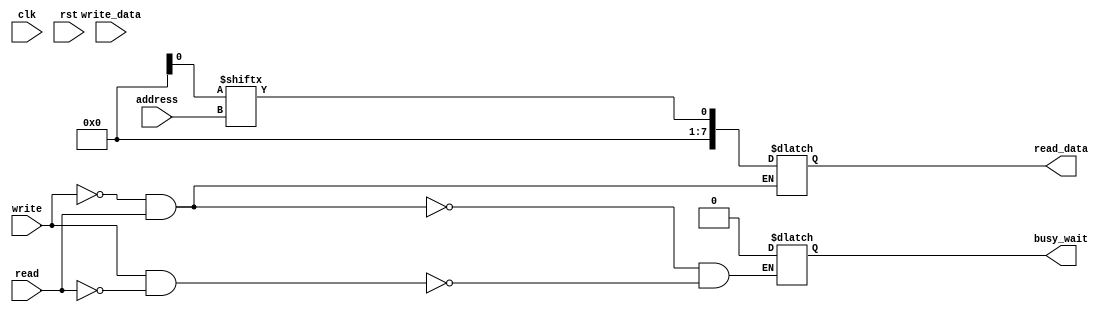
module data_mem(
    clk,
    rst,
    read,
    write,
    address,
    write_data,
    read_data,
	busy_wait
);
input           clk;
input           rst;
input           read;
input           write;
input[7:0]      address;
input[7:0]      write_data;
output[7:0]     read_data;
output			busy_wait;

reg[7:0]     read_data;

integer  i;

// Declare memory 256x8 bits
reg [7:0] memory_array [255:0];
//reg [7:0] memory_ram_q [255:0];



always @(posedge rst)
begin
    if (rst)
    begin
        for (i=0;i<256; i=i+1)
            memory_array[i] <= 0;
    end
end


always @(*)
begin
    if (write && !read)
	begin
		busy_wait <= 1;
		// artificially delay 100 cycles
        memory_ram_d[address] = write_data;
		busy_wait <= 0;
	end
    if (!write && read)
	begin
		busy_wait <= 1;
		// artificially delay 100 cycles
        read_data = memory_ram_q[address];
		busy_wait <= 0;
	end
end

endmodule